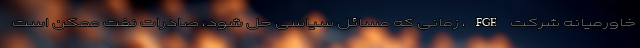
خاورمیانه شرکت FGE، زمانی که مسائل سیاسی حل شود، صادرات نفت ممکن است